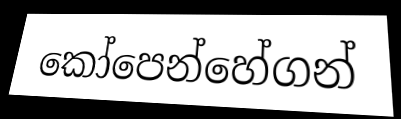
කෝපෙන්හේගන්